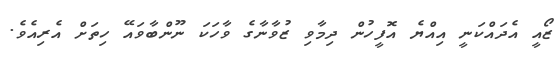
ޒޯއީ އެދައްކަނީ އިއްޔެ އޮފީހުން ދިމާވި ޒުވާނާގެ ވާހަކަ ނޫންބާވައޭ ހިތަށް އެރިއެވެ.